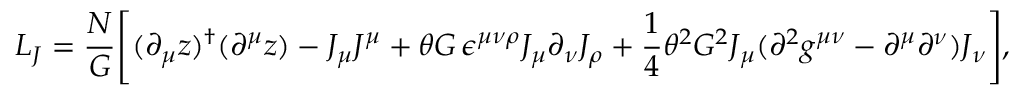
{ \cal L } _ { J } = \frac { N } { G } \Biggl [ ( \partial _ { \mu } z ) ^ { \dagger } ( \partial ^ { \mu } z ) - J _ { \mu } J ^ { \mu } + \theta G \, \epsilon ^ { \mu \nu \rho } J _ { \mu } \partial _ { \nu } J _ { \rho } + \frac { 1 } { 4 } \theta ^ { 2 } G ^ { 2 } J _ { \mu } ( \partial ^ { 2 } g ^ { \mu \nu } - \partial ^ { \mu } \partial ^ { \nu } ) J _ { \nu } \Biggr ] ,